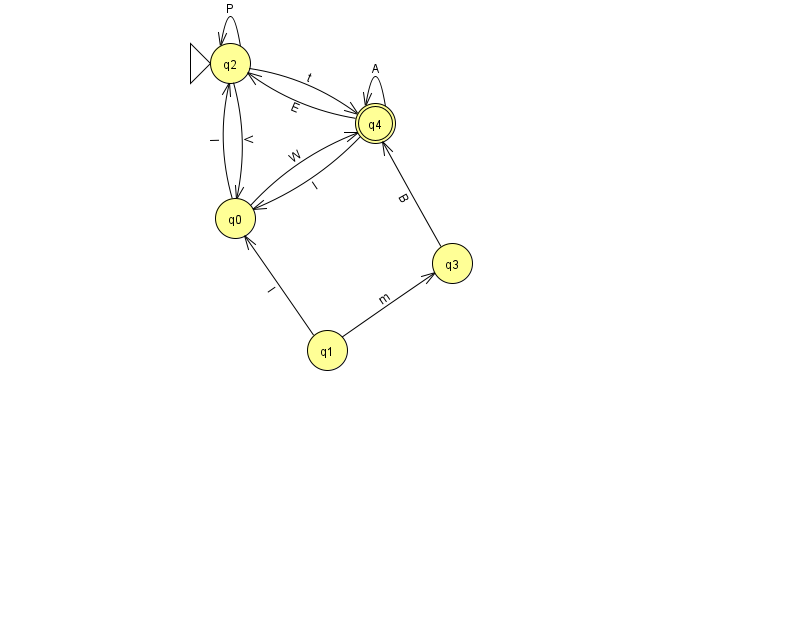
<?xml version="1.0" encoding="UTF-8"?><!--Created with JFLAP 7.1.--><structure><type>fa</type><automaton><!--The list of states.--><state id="0" name="q0"><x>235.0</x><y>205.0</y></state><state id="1" name="q1"><x>327.0</x><y>337.0</y></state><state id="2" name="q2"><x>230.0</x><y>50.0</y><initial/></state><state id="3" name="q3"><x>452.0</x><y>250.0</y></state><state id="4" name="q4"><x>375.0</x><y>110.0</y><final/></state><!--The list of transitions.--><transition><from>2</from><to>2</to><read>P</read></transition><transition><from>4</from><to>2</to><read>E</read></transition><transition><from>0</from><to>4</to><read>W</read></transition><transition><from>1</from><to>3</to><read>m</read></transition><transition><from>2</from><to>4</to><read>t</read></transition><transition><from>4</from><to>4</to><read>A</read></transition><transition><from>2</from><to>0</to><read>V</read></transition><transition><from>0</from><to>2</to><read>I</read></transition><transition><from>3</from><to>4</to><read>B</read></transition><transition><from>4</from><to>0</to><read>l</read></transition><transition><from>1</from><to>0</to><read>I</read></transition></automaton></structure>